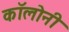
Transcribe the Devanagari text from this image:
काॅलोनी